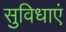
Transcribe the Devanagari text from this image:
सुविधाएं